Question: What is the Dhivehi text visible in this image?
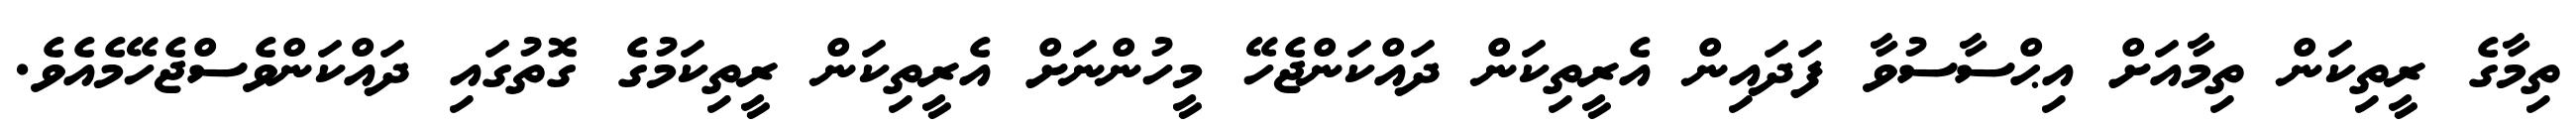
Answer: ތިމާގެ ރީތިކަން ތިމާއަށް އިޙްސާސުވާ ފަދައިން އެރީތިކަން ދައްކަންޖެހޭ މީހުންނަށް އެރީތިކަން ރީތިކަމުގެ ގޮތުގައި ދައްކަންވެސްޖެހޭމެއެވެ.